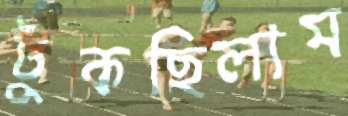
টুকছিলাম